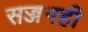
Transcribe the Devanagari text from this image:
सज्जनही